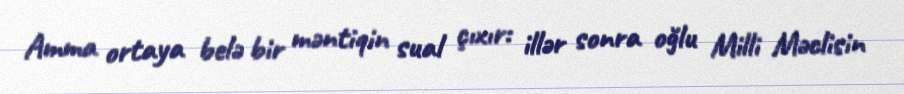
Amma ortaya belə bir məntiqin sual çıxır: illər sonra oğlu Milli Məclisin